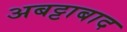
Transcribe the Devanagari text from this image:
अबट्टाबाद